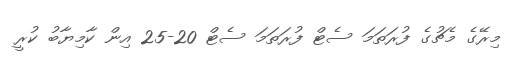
މިރޭގެ މެޗުގެ ފުރަތަމަ ސެޓް ފުރަތަމަ ސެޓް 20-25 އިން ކާމިޔާބު ކުރީ